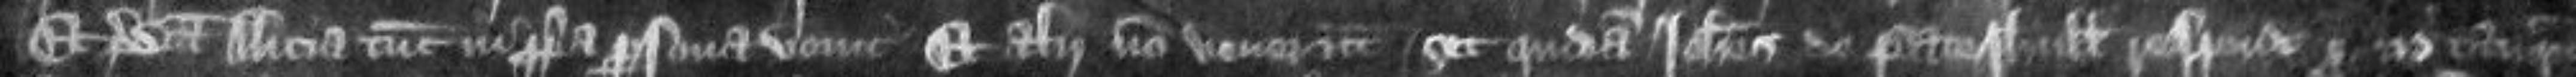
Et predicta Alicia tunc in propria persona venit Et alii non venerunt set quidam Johannes de Pateshull respondit pro eis tanquam